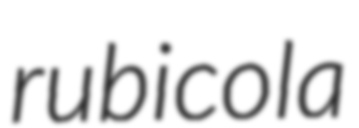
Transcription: rubicola